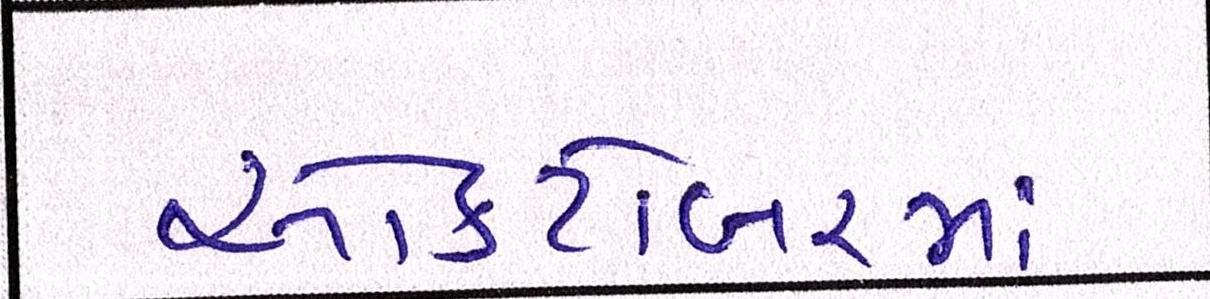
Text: ઓક્ટોબરમાં